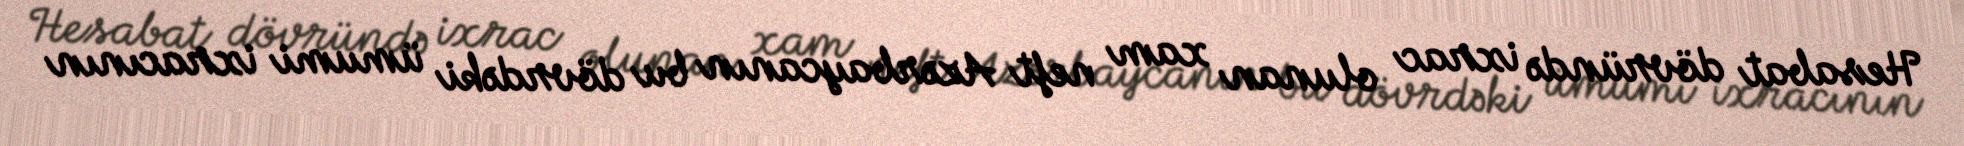
Hesabat dövründə ixrac olunan xam neft Azərbaycanın bu dövrdəki ümumi ixracının